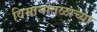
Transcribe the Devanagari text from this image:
विमानातळाच्या